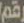
رقم